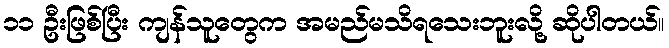
၁၁ ဦးဖြစ်ပြီး ကျန်သူတွေက အမည်မသိရသေးဘူးလို့ ဆိုပါတယ်။